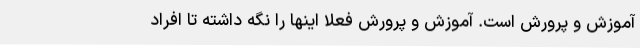
آموزش و پرورش است. آموزش و پرورش فعلا اینها را نگه داشته تا افراد